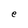
Character: e